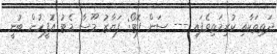
ދަތިތަކާއި ކުރިމަތިވެފައި --- ސަން ފޮޓޯ: ފަޔާޒު މޫސާ މެޓު އޮފީހުން ބުނީ